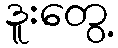
ဒူးတွေ့